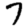
Digit: 7